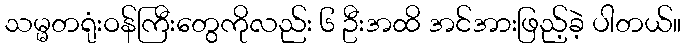
သမ္မတရုံးဝန်ကြီးတွေကိုလည်း ၆ ဦးအထိ အင်အားဖြည့်ခဲ့ ပါတယ်။